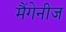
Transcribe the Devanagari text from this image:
मैंगेनीज